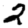
Digit: 2